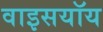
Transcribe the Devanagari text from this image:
वाइसयॉय